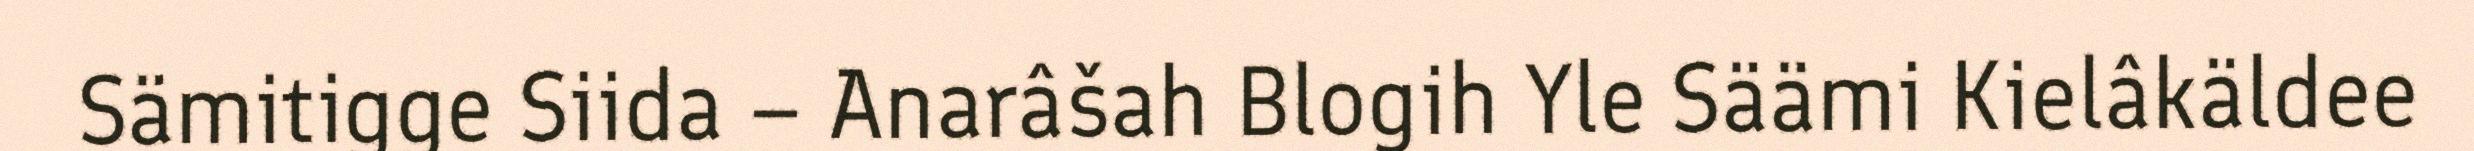
Sämitigge Siida – Anarâšah Blogih Yle Säämi Kielâkäldee